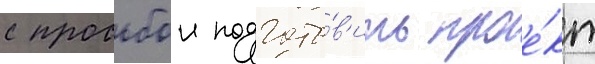
с просьбои подгото́в'ить прое́кт